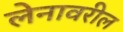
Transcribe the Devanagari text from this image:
लेनावरील